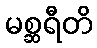
မစ္ဆရီတိ